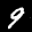
Label: 9